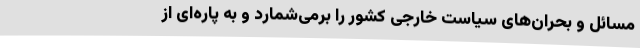
مسائل و بحران‌های سیاست خارجی کشور را برمی‌شمارد و به پاره‌ای از